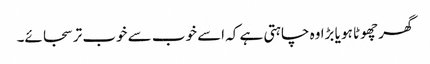
گھر چھوٹا ہو یا بڑا وہ چاہتی ہے کہ اسے خوب سے خوب تر سجائے۔